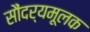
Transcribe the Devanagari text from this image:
सौंदर्यमूलक